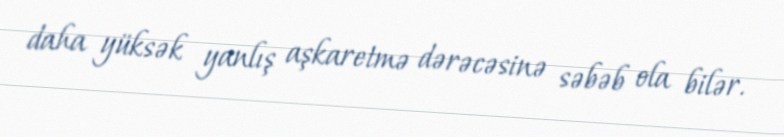
daha yüksək yanlış aşkaretmə dərəcəsinə səbəb ola bilər.